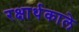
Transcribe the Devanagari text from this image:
रक्षार्थकाले